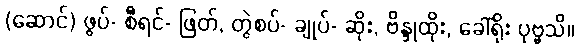
(ဆောင်) ဖွပ်- စီရင်- ဖြတ်, တွဲစပ်- ချုပ်- ဆိုး, ဗိန္ဒုထိုး, ခေါ်ရိုး ပုဗ္ဗသိ။